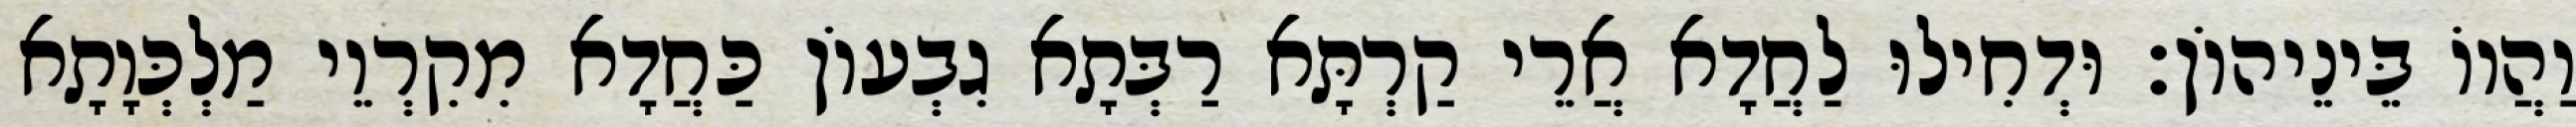
וַהֲווֹ בֵּינֵיהוֹן׃ וּדְחִילוּ לַחֲדָא אֲרֵי קַרְתָּא רַבְּתָא גִבְעוֹן כַּחֲדָא מִקִרְוֵי מַלְכְּוָתָא